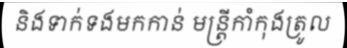
និងទាក់ទងមកកាន់ មន្ត្រីកាំកុងត្រូល